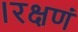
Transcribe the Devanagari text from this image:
।रक्षणं